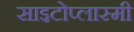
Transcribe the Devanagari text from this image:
साइटोप्लास्मी